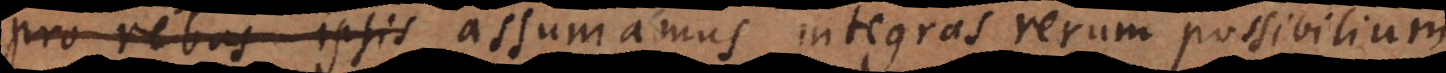
pro rebus ipsis assumamus integras rerum